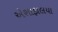
એશાફાલયા